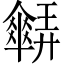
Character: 𠑋